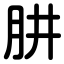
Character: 肼